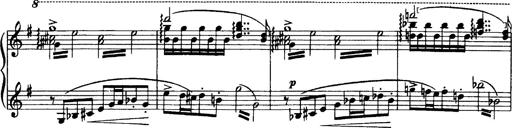
Title: OuvertÃ¼re zu TannhÃ¤user
Composer: Franz Liszt